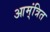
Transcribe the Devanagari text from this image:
आम्ंत्रित